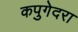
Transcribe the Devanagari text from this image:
कपुगेदरा